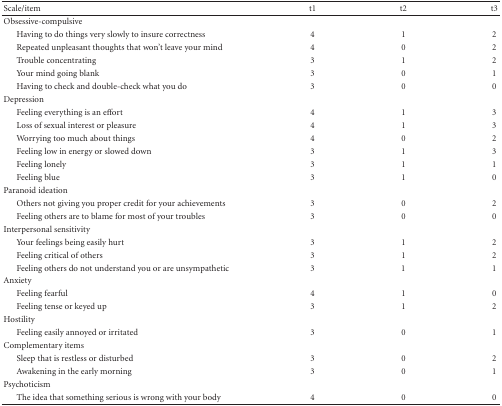
| Scale/item | t1 | t2 | t3 |
 | --- | --- | --- | --- |
 | Obsessive-compulsive |  |  |  |
 | Having to do things very slowly to insure correctness | 4 | 1 | 2 |
 | Repeated unpleasant thoughts that won't leave your mind | 4 | 0 | 2 |
 | Trouble concentrating | 3 | 1 | 2 |
 | Your mind going blank | 3 | 0 | 1 |
 | Having to check and double-check what you do | 3 | 0 | 0 |
 | Depression |  |  |  |
 | Feeling everything is an effort | 4 | 1 | 3 |
 | Loss of sexual interest or pleasure | 4 | 1 | 3 |
 | Worrying too much about things | 4 | 0 | 2 |
 | Feeling low in energy or slowed down | 3 | 1 | 3 |
 | Feeling lonely | 3 | 1 | 1 |
 | Feeling blue | 3 | 1 | 0 |
 | Paranoid ideation |  |  |  |
 | Others not giving you proper credit for your achievements | 3 | 0 | 2 |
 | Feeling others are to blame for most of your troubles | 3 | 0 | 0 |
 | Interpersonal sensitivity |  |  |  |
 | Your feelings being easily hurt | 3 | 1 | 2 |
 | Feeling critical of others | 3 | 1 | 2 |
 | Feeling others do not understand you or are unsympathetic | 3 | 1 | 1 |
 | Anxiety |  |  |  |
 | Feeling fearful | 4 | 1 | 0 |
 | Feeling tense or keyed up | 3 | 1 | 2 |
 | Hostility |  |  |  |
 | Feeling easily annoyed or irritated | 3 | 0 | 1 |
 | Complementary items |  |  |  |
 | Sleep that is restless or disturbed | 3 | 0 | 2 |
 | Awakening in the early morning | 3 | 0 | 1 |
 | Psychoticism |  |  |  |
 | The idea that something serious is wrong with your body | 4 | 0 | 0 |